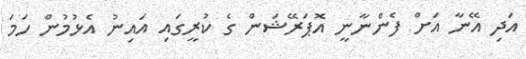
އަދި އޭނާ އަށް ފެންނާނީ އޮޕަރޭޝަން ގެ ކުރީގައި އައިނު އެޅުމުން ހަމަ